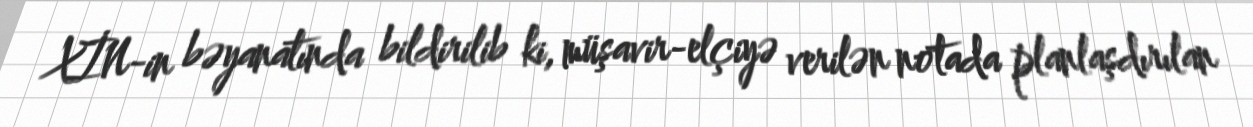
XİN-in bəyanatında bildirilib ki, müşavir-elçiyə verilən notada planlaşdırılan